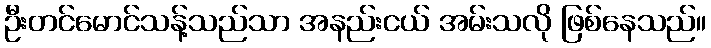
ဦးတင်မောင်သန့်သည်သာ အနည်းငယ် အမ်းသလို ဖြစ်နေသည်။